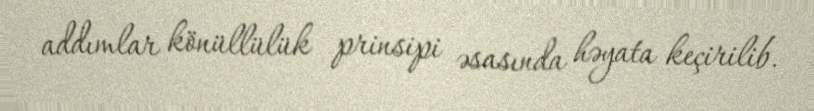
addımlar könüllülük prinsipi əsasında həyata keçirilib.